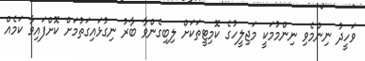
ވަހީދު ނިންމެވި ނިންމުމަކީ މަޖިލީހުގެ ކޮމިޓީތަކަށް ލިބިގެންވާ ބާރު ނިގުޅައިގަތުމަށް ކޮށްފައިވާ ކަމެއް